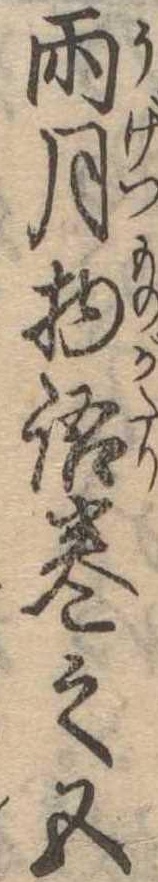
雨月物語巻之五